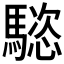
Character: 𩥝